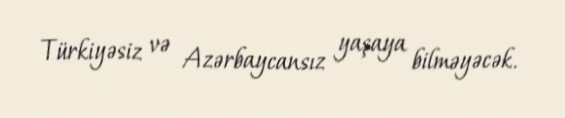
Türkiyəsiz və Azərbaycansız yaşaya bilməyəcək.